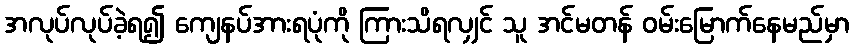
အလုပ်လုပ်ခဲ့ရ၍ ကျေနပ်အားရပုံကို ကြားသိရလျှင် သူ အင်မတန် ဝမ်းမြောက်နေမည်မှာ